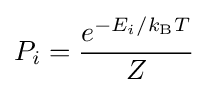
P_{i}={\frac {e^{-E_{i}/k_{\text{B}}T}}{Z}}